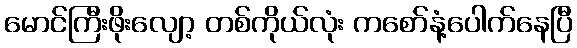
မောင်ကြီးဖိုးလျော့ တစ်ကိုယ်လုံး ကစော်နံ့ပေါက်နေပြီ